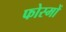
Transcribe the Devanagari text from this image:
फोस्मों